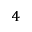
^ 4